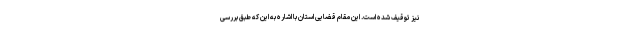
نیز توقیف شده است. این مقام قضایی استان با اشاره به این که طبق بررسی